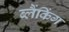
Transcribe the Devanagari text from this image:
ब्लैंकिंग